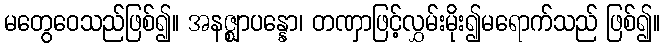
မတွေဝေသည်ဖြစ်၍။ အနဇ္ဈာပန္နော၊ တဏှာဖြင့်လွှမ်းမိုး၍မရောက်သည် ဖြစ်၍။